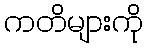
ကတိများကို